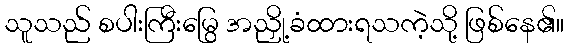
သူသည် စပါးကြီးမြွေ အညှို့ခံထားရသကဲ့သို့ ဖြစ်နေ၏။